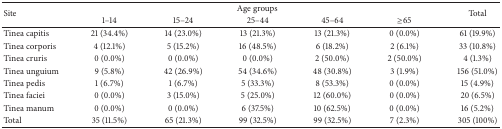
<table><thead><tr><td rowspan="2"><b>Site</b></td><td colspan="5"><b>Age groups</b></td><td rowspan="2"><b>Total</b></td></tr><tr><td><b>1–14</b></td><td><b>15–24</b></td><td><b>25–44</b></td><td><b>45–64</b></td><td><b>≥65</b></td></tr></thead><tbody><tr><td>Tinea capitis</td><td>21 (34.4%)</td><td>14 (23.0%)</td><td>13 (21.3%)</td><td>13 (21.3%)</td><td>0 (0.0%)</td><td>61 (19.9%)</td></tr><tr><td>Tinea corporis</td><td>4 (12.1%)</td><td>5 (15.2%)</td><td>16 (48.5%)</td><td>6 (18.2%)</td><td>2 (6.1%)</td><td>33 (10.8%)</td></tr><tr><td>Tinea cruris</td><td>0 (0.0%)</td><td>0 (0.0%)</td><td>0 (0.0%)</td><td>2 (50.0%)</td><td>2 (50.0%)</td><td>4 (1.3%)</td></tr><tr><td>Tinea unguium</td><td>9 (5.8%)</td><td>42 (26.9%)</td><td>54 (34.6%)</td><td>48 (30.8%)</td><td>3 (1.9%)</td><td>156 (51.0%)</td></tr><tr><td>Tinea pedis</td><td>1 (6.7%)</td><td>1 (6.7%)</td><td>5 (33.3%)</td><td>8 (53.3%)</td><td>0 (0.0%)</td><td>15 (4.9%)</td></tr><tr><td>Tinea faciei</td><td>0 (0.0%)</td><td>3 (15.0%)</td><td>5 (25.0%)</td><td>12 (60.0%)</td><td>0 (0.0%)</td><td>20 (6.5%)</td></tr><tr><td>Tinea manum</td><td>0 (0.0%)</td><td>0 (0.0%)</td><td>6 (37.5%)</td><td>10 (62.5%)</td><td>0 (0.0%)</td><td>16 (5.2%)</td></tr><tr><td>Total</td><td>35 (11.5%)</td><td>65 (21.3%)</td><td>99 (32.5%)</td><td>99 (32.5%)</td><td>7 (2.3%)</td><td>305 (100%)</td></tr></tbody></table>